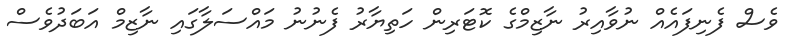
ވެސް ފެނިފައެއް ނުވާއިރު ނާޒިމްގެ ކޮޓަރިން ހަތިޔާރު ފެނުނު މައްސަލާގައި ނާޒިމް އަބަދުވެސް